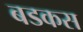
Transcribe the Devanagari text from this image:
बडकस